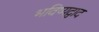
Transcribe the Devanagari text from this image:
भविष्यद्वाद